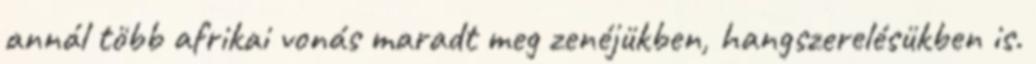
annál több afrikai vonás maradt meg zenéjükben, hangszerelésükben is.